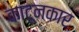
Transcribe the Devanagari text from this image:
काटूनकार